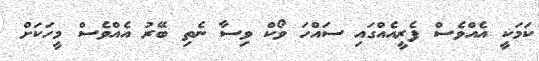
ކަމަކީ އެއްވެސް ފެރީއެއްގައި ސައްހަ ވޯކް ވިސާ ނެތި ބޭރު އެއްވެސް މީހަކަށް